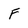
Character: F